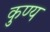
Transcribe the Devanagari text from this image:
कुण्य